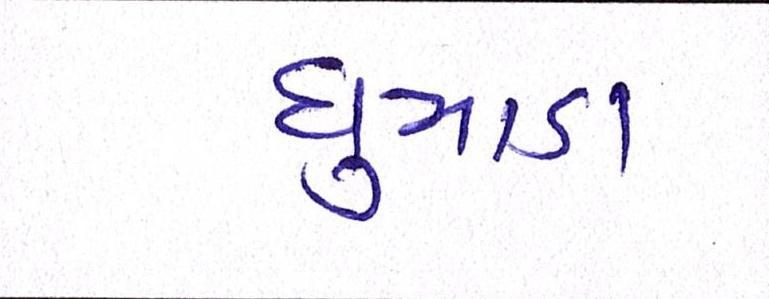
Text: ધુમાડા